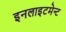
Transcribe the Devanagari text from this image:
इनलाइटमेन्ट